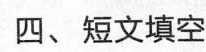
四、短文填空